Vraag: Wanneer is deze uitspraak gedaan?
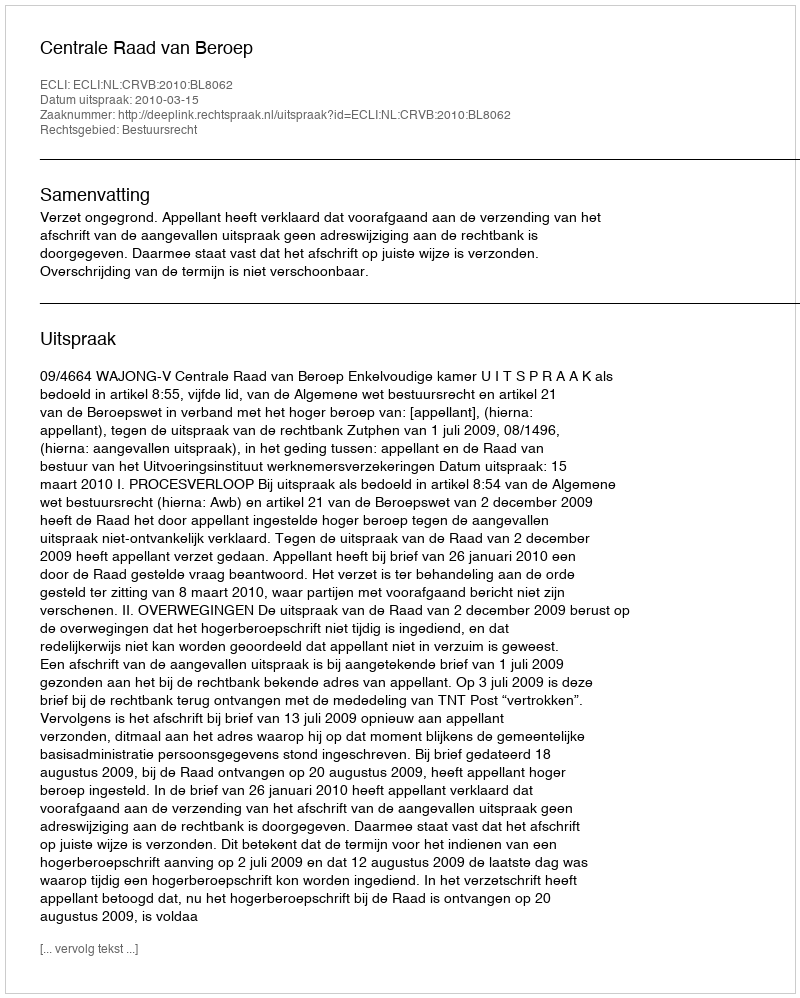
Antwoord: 2010-03-15